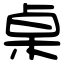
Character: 桌